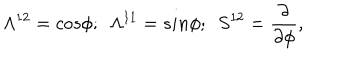
\Lambda ^ { 1 2 } = c o s \phi ; ~ ~ \Lambda ^ { 1 1 } = s i n \phi ; ~ ~ S ^ { 1 2 } = { \frac { \partial } { \partial \phi } } ,